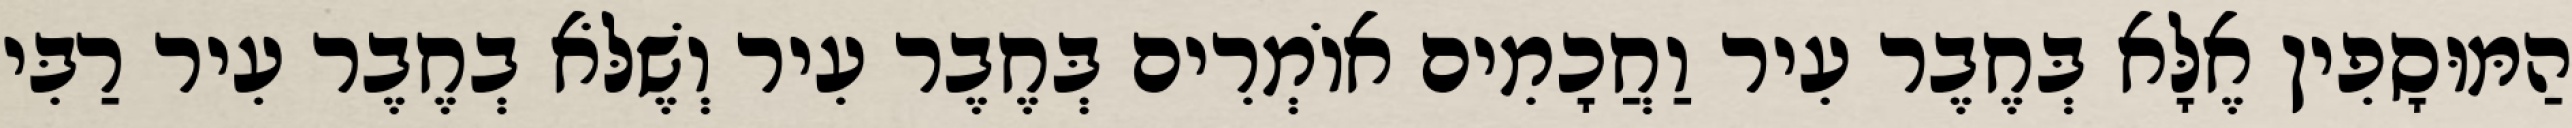
הַמּוּסָפִין אֶלָּא בְּחֶבֶר עִיר וַחֲכָמִים אוֹמְרִים בְּחֶבֶר עִיר וְשֶׁלֹּא בְחֶבֶר עִיר רַבִּי